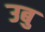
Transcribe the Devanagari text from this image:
उबु